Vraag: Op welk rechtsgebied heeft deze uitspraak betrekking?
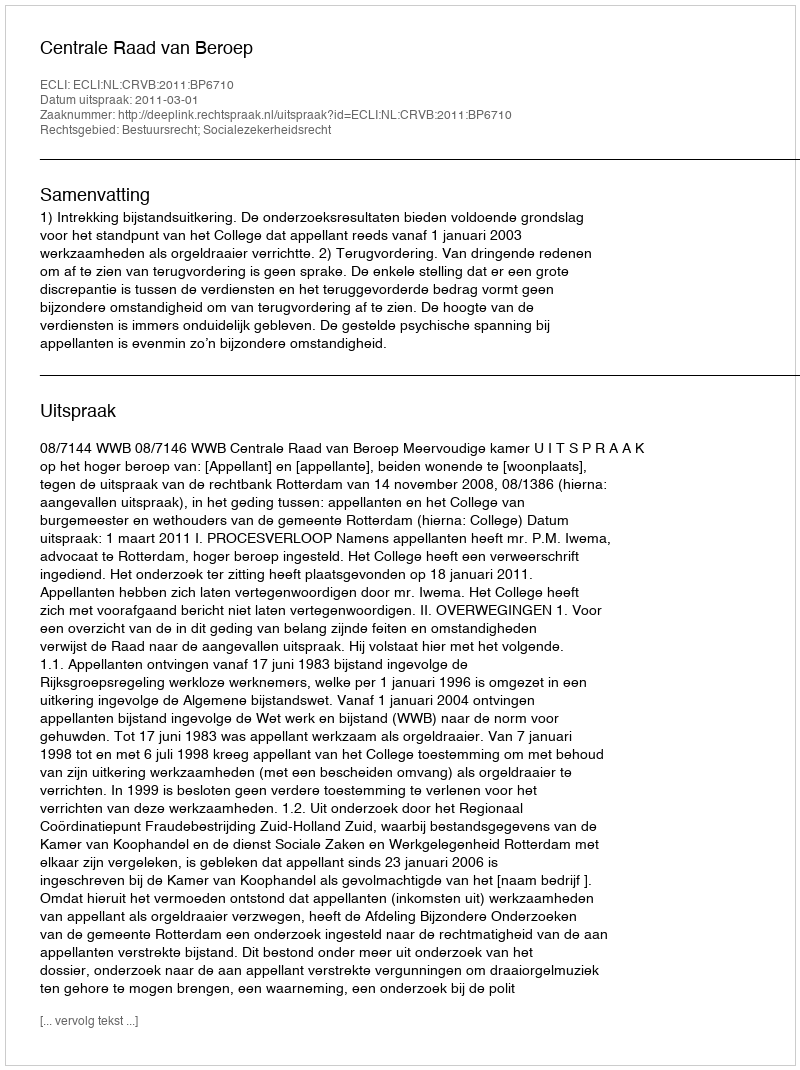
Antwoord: Bestuursrecht; Socialezekerheidsrecht